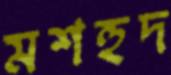
মশহুদ